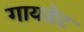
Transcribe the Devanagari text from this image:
गायडेट